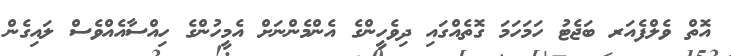
އޮތް ވެލްފެއަރ ބަޖެޓު ހަމަހަމަ ގޮތެއްގައި ދިވެހީންގެ އެންމެންނަށް އެމީހުންގެ ހިއްސާއެއްވެސް ލައިގެން